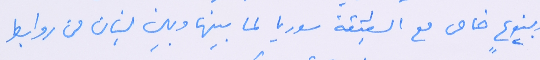
وبنوعٍ خاص مع الشقيقة سوريا لما بينِها وبين لبنان من روابط